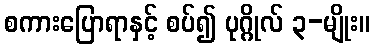
စကားပြောရာနှင့် စပ်၍ ပုဂ္ဂိုလ် ၃-မျိုး။